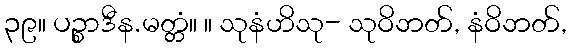
၃၉။ ပဉ္စာဒီန.မတ္တံ။ ။ သုနံဟိသု- သုဝိဘတ်, နံဝိဘတ်,